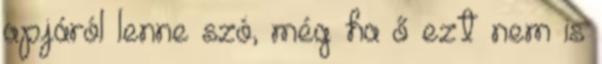
apjáról lenne szó, még ha ő ezt nem is